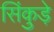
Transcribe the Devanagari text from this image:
सिंकुड़े